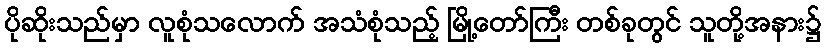
ပိုဆိုးသည်မှာ လူစုံသလောက် အသံစုံသည့် မြို့တော်ကြီး တစ်ခုတွင် သူတို့အနား၌